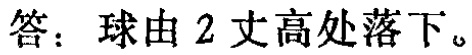
答：球由 2 丈高处落下。